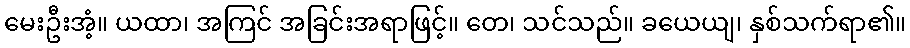
မေးဦးအံ့။ ယထာ၊ အကြင် အခြင်းအရာဖြင့်။ တေ၊ သင်သည်။ ခယေယျ၊ နှစ်သက်ရာ၏။